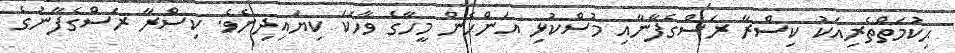
ޙިކުމަތްތެރިއަކު ކިސްރާ ރަސްގެފާނާއި މުސްކުޅި އަންހެން މީހާގެ ވާހަކަ ކިޔައިދިނެވެ. ކިސްރާ ރަސްގެފާނުގެ